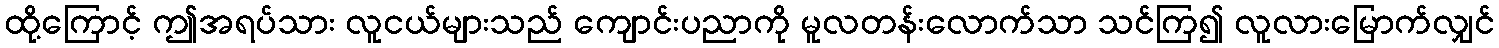
ထို့ကြောင့် ဤအရပ်သား လူငယ်များသည် ကျောင်းပညာကို မူလတန်းလောက်သာ သင်ကြ၍ လူလားမြောက်လျှင်